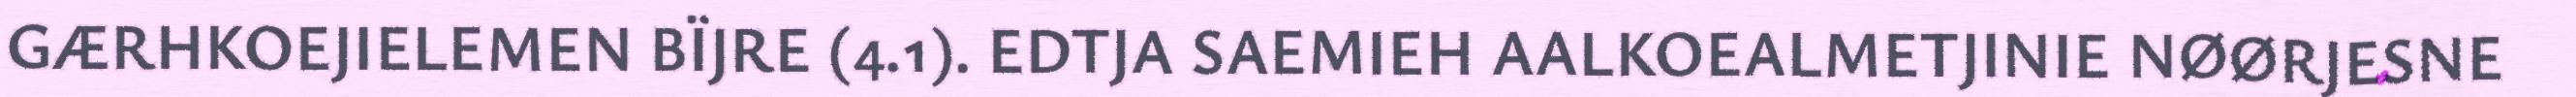
GÆRHKOEJIELEMEN BÏJRE (4.1). EDTJA SAEMIEH AALKOEALMETJINIE NØØRJESNE